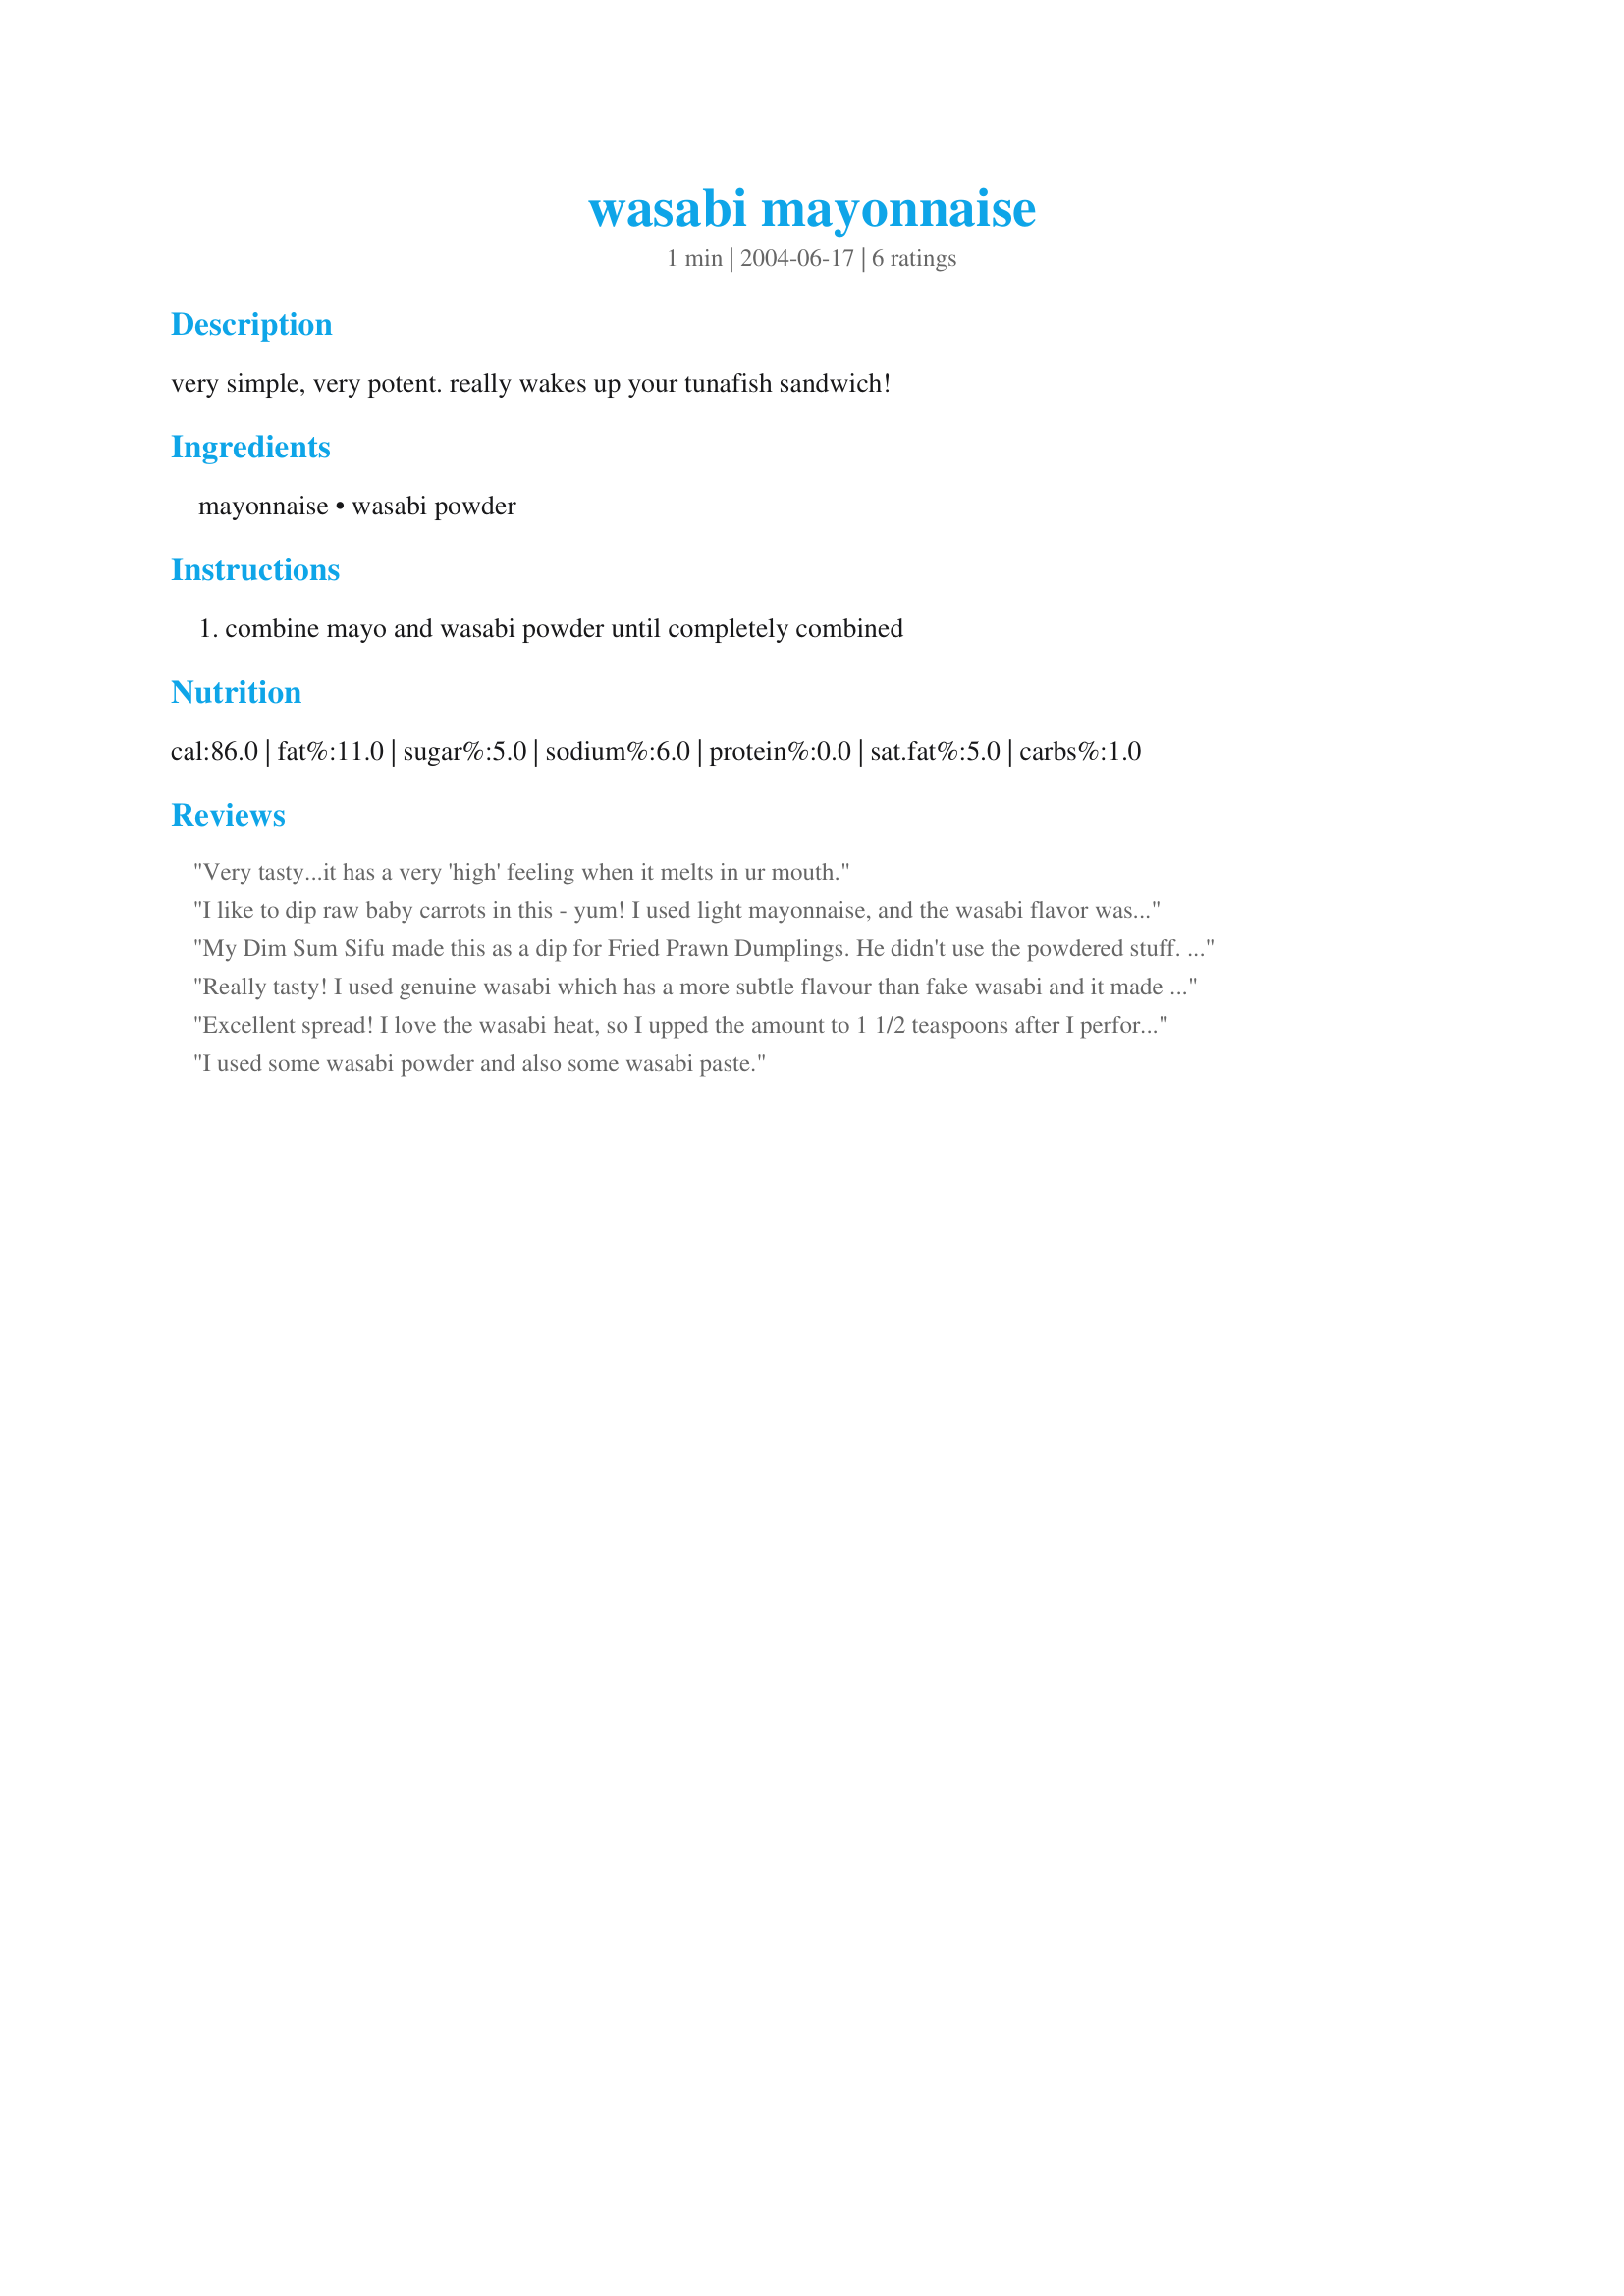
wasabi mayonnaise
Preparation time: 1 minutes

very simple, very potent. really wakes up your tunafish sandwich!

Ingredients:
mayonnaise, wasabi powder

Steps:
combine mayo and wasabi powder until completely combined

Reviews:
Very tasty...it has a very 'high' feeling when it melts in ur mouth.
I like to dip raw baby carrots in this - yum! I used light mayonnaise, and the wasabi flavor was so strong that it distracted me from the fact that I wasn't eating the real thing. Anything that can make low fat mayo taste good gets 5 stars from me!
My Dim Sum Sifu made this as a dip for Fried Prawn Dumplings. He didn't use the powdered stuff. His instructions were to add as much wasabi to the mayo to your own taste. It gave a nice kick to the mayo. Yum!
Really tasty! I used genuine wasabi which has a more subtle flavour than fake wasabi and it made a great filler for some egg sandwiches.
Excellent spread! I love the wasabi heat, so I upped the amount to 1 1/2 teaspoons after I performed a little taste test. It was a wonderful and welcome addition to my plain old roast beef sandwich! Thank you so much!
I used some wasabi powder and also some wasabi paste.
